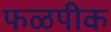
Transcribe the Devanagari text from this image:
फळपीक